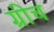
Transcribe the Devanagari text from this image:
ग्रीच